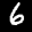
Label: 6